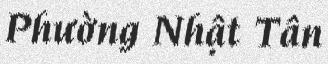
Phường Nhật Tân